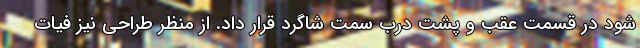
شود در قسمت عقب و پشت درب سمت شاگرد قرار داد. از منظر طراحی نیز فیات